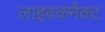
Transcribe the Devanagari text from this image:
लाइवकनैक्ट